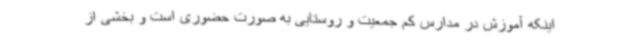
اینکه آموزش در مدارس کم جمعیت و روستایی به صورت حضوری است و بخشی از